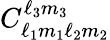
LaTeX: C_{\ell_{1}m_{1}\ell_{2}m_{2}}^{\ell_{3}m_{3}}